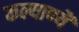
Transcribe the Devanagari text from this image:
कल्याण्यै